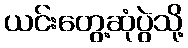
ယင်းတွေ့ဆုံပွဲသို့